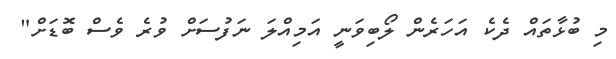
މި ބުޅާތައް ދެކެ އަހަރެން ލޯބިވަނީ އަމިއްލަ ނަފުސަށް ވުރެ ވެސް ބޮޑަށް"